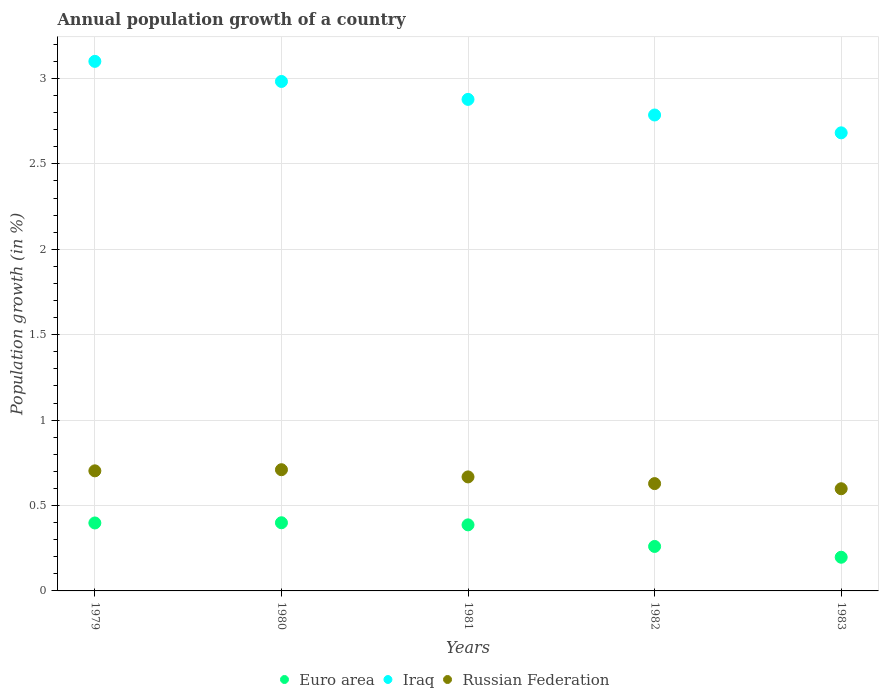
| Years | Euro area | Iraq | Russian Federation |
 | --- | --- | --- | --- |
 | 1979 | 0.398 | 3.1 | 0.703 |
 | 1980 | 0.399 | 2.98 | 0.71 |
 | 1981 | 0.387 | 2.88 | 0.668 |
 | 1982 | 0.26 | 2.79 | 0.628 |
 | 1983 | 0.197 | 2.68 | 0.598 |